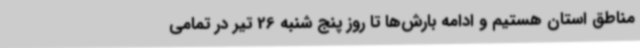
مناطق استان هستیم و ادامه بارش‌ها تا روز پنج شنبه 26 تیر در تمامی